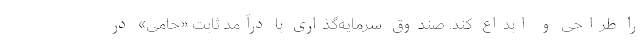
را طراحی و ابداع کند. صندوق سرمایه‌گذاری با درآمد ثابت «حامی» در